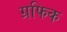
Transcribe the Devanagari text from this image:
ग्रफिक